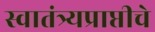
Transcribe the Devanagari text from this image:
स्वातंत्र्यप्राप्तीचे